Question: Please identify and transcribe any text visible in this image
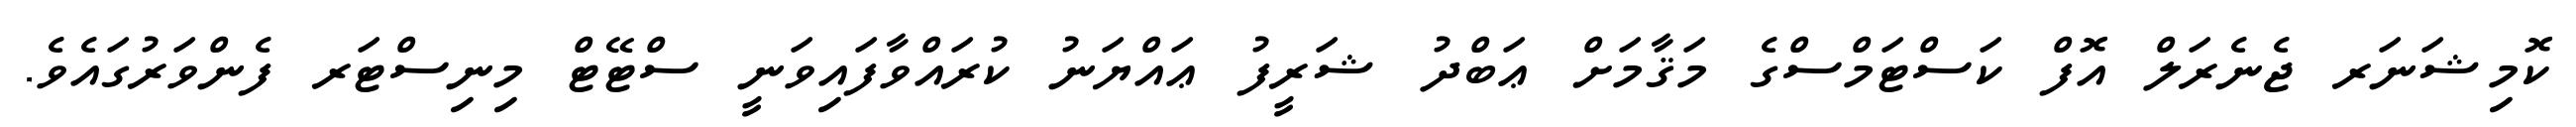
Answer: ކޮމިޝަނަރ ޖެނެރަލް އޮފް ކަސްޓަމްސްގެ މަޤާމަށް ޢަބްދު ޝަރީފު ޢައްޔަނު ކުރައްވާފައިވަނީ ސްޓޭޓް މިނިސްޓަރ ފެންވަރުގައެވެ.